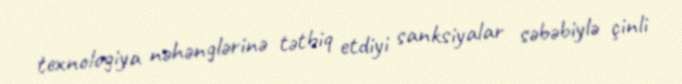
texnologiya nəhənglərinə tətbiq etdiyi sanksiyalar səbəbiylə çinli